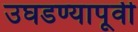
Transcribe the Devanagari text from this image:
उघडण्यापूर्वी